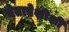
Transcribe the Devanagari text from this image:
चेतापेशीशी